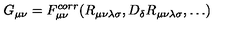
G _ { \mu \nu } = F _ { \mu \nu } ^ { c o r r } ( R _ { \mu \nu \lambda \sigma } , D _ { \delta } R _ { \mu \nu \lambda \sigma } , \dots )